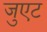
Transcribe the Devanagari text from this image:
जुएट